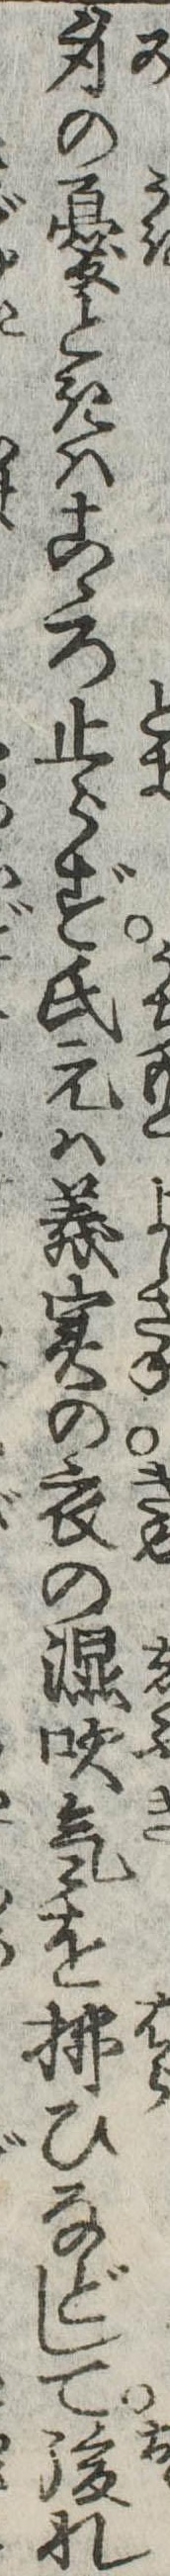
身の憂ときはこゝろ止らず氏元は義実の衣の湿吹気を払ひなどして後れ